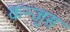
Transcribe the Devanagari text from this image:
कन्जुस